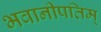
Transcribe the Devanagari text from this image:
भवानीपतिम्